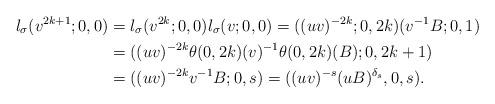
LaTeX: \begin{align*}l_\sigma(v^{2k+1};0,0) & = l_\sigma(v^{2k};0,0) l_\sigma(v;0,0) = ((uv)^{-2k};0,2k) (v^{-1} B;0,1) \\& = ( (uv)^{-2k} \theta(0,2k)(v)^{-1} \theta(0,2k)(B); 0, 2k + 1) \\& = ( (uv)^{-2k} v^{-1} B; 0, s) = ( (uv)^{-s} (u B)^{\delta_s}, 0, s).\end{align*}